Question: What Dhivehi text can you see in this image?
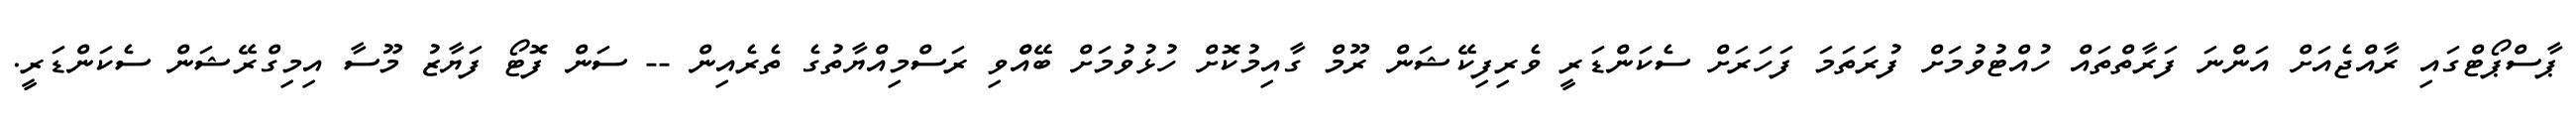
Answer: ޕާސްޕޯޓްގައި ރާއްޖެއަށް އަންނަ ފަރާތްތައް ހުއްޓުވުމަށް ފުރަތަމަ ފަހަރަށް ސެކަންޑަރީ ވެރިފިކޭޝަން ރޫމް ގާއިމުކޮށް ހުޅުވުމަށް ބޭއްްވި ރަސްމިއްޔާތުގެ ތެރެއިން -- ސަން ފޮޓޯ ފަޔާޒު މޫސާ އިމިގްރޭޝަން ސެކަންޑަރީ.